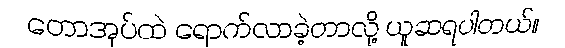
တောအုပ်ထဲ ရောက်လာခဲ့တာလို့ ယူဆရပါတယ်။